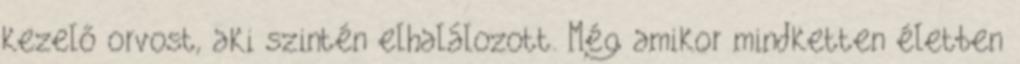
kezelő orvost, aki szintén elhalálozott. Még amikor mindketten életben